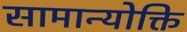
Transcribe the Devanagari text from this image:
सामान्योक्ति